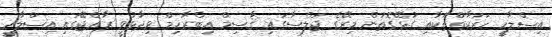
އިސްލާހީ ހަރަކާތްތަކާއި ގުޅޭގޮތުން މިރޭގެ ޖަލްސާގައި ޤާސިމް އިބްރާހިމް ވިދާޅުވީ ރާއްޖޭގައި އިސްލާހީ